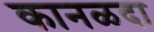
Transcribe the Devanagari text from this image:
कानळदा